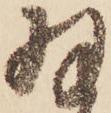
羽